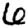
Digit: 6